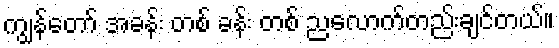
ကျွန်တော် အခန်း တစ် ခန်း တစ် ညလောက်တည်းချင်တယ်။